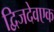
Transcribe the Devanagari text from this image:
द्विजदेवएक